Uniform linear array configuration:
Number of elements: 32
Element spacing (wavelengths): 0.75
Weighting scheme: kaiser
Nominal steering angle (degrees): -15
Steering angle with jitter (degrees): -15.09
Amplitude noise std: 0.05
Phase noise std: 0.05

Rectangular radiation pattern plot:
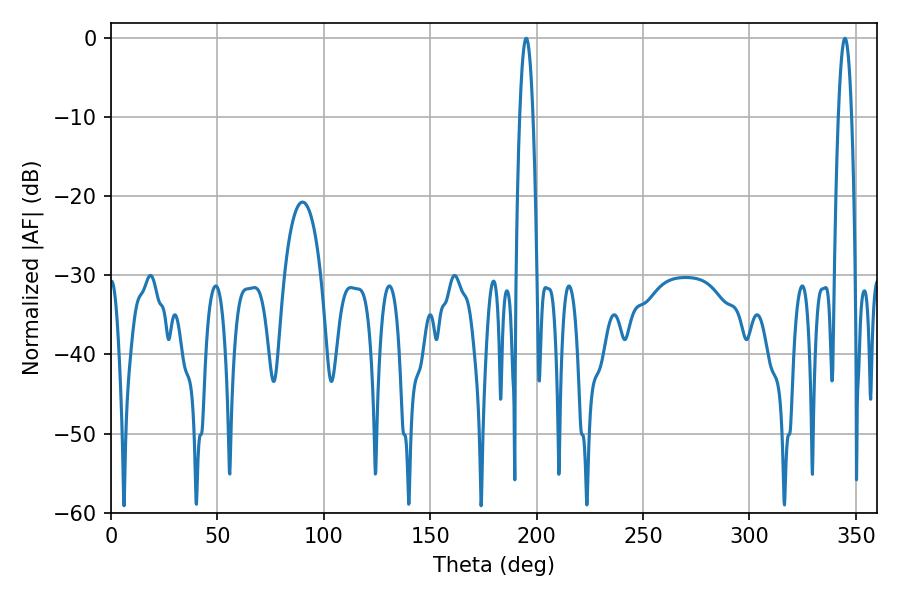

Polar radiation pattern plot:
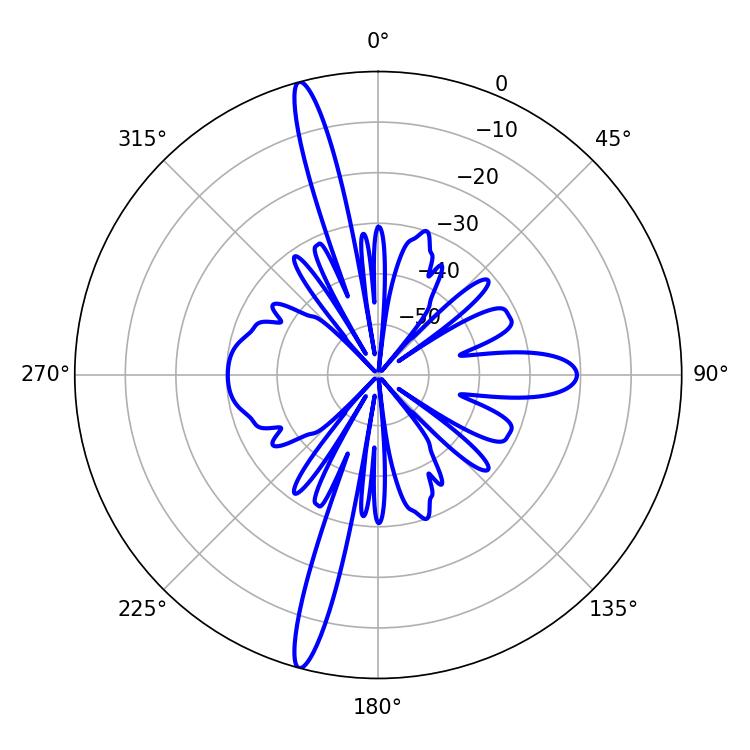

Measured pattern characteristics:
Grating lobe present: TRUE
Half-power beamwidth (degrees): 3.24
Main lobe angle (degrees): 195.12